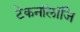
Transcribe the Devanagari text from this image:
टेकनॉलॉजि